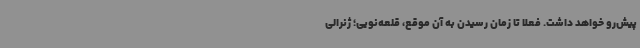
پیش‌رو خواهد داشت. فعلا تا زمان رسیدن به آن موقع، قلعه‌نویی؛ ژنرالی